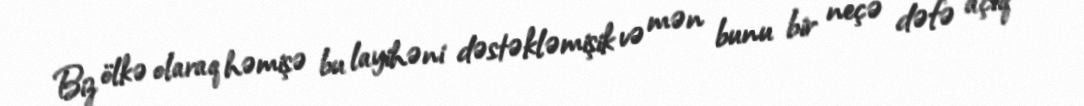
Biz ölkə olaraq həmişə bu layihəni dəstəkləmişik və mən bunu bir neçə dəfə açıq